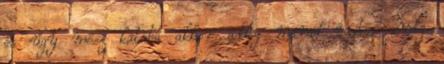
és úgy mész katába akkor addig marad rajta, amíg